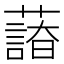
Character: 𦿫